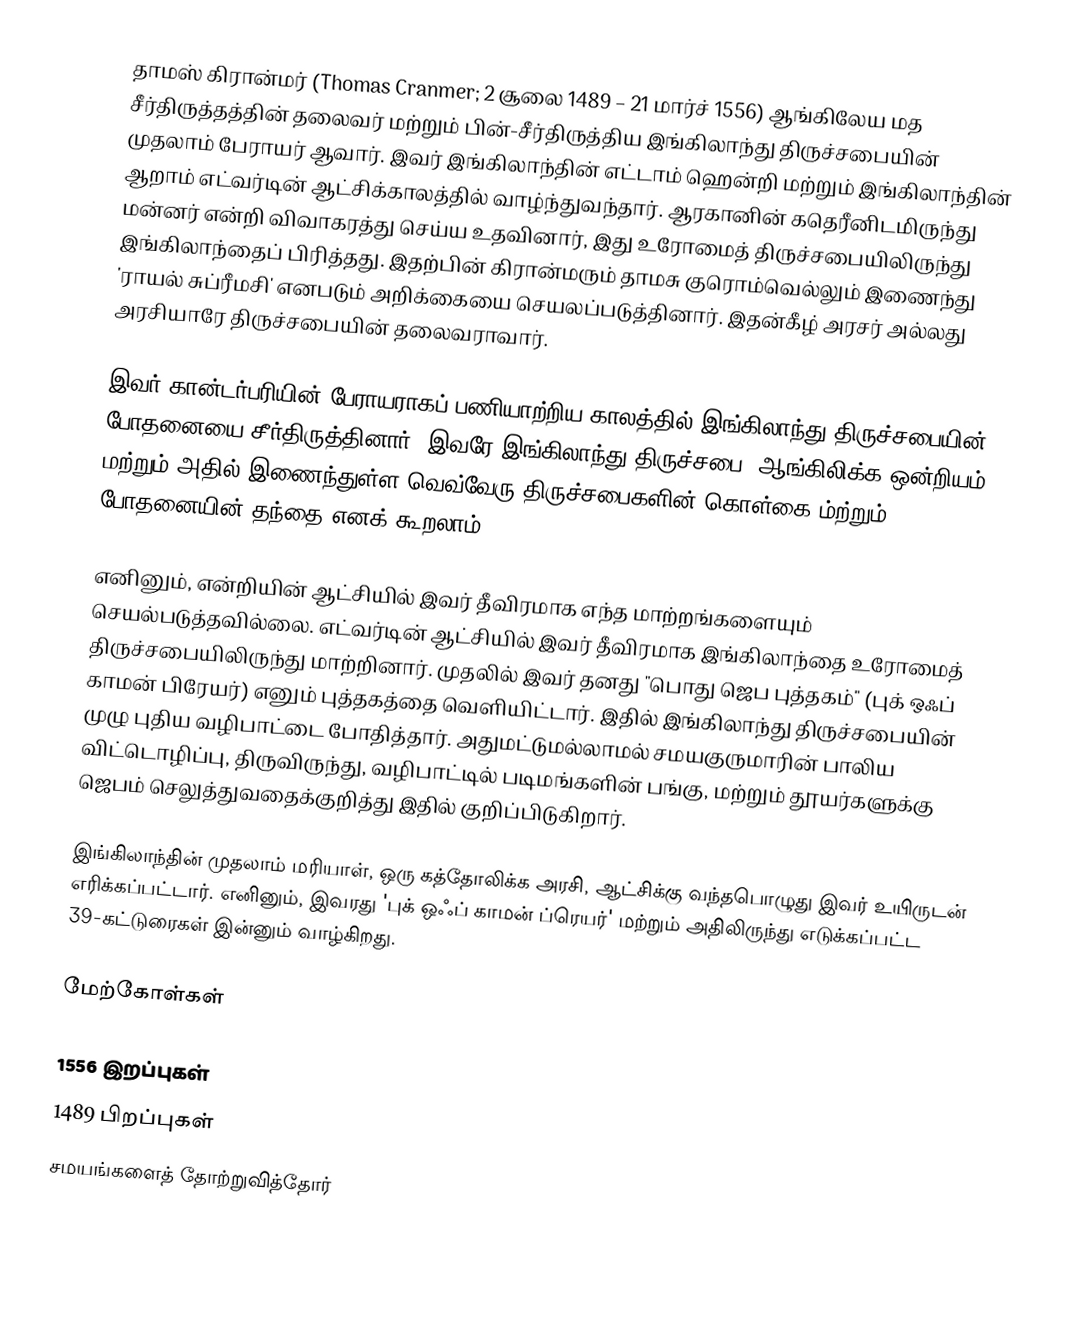
தாமஸ் கிரான்மர் (Thomas Cranmer; 2 சூலை 1489 – 21 மார்ச் 1556) ஆங்கிலேய மத சீர்திருத்தத்தின் தலைவர் மற்றும் பின்-சீர்திருத்திய இங்கிலாந்து திருச்சபையின் முதலாம் பேராயர் ஆவார். இவர் இங்கிலாந்தின் எட்டாம் ஹென்றி மற்றும் இங்கிலாந்தின் ஆறாம் எட்வர்டின் ஆட்சிக்காலத்தில் வாழ்ந்துவந்தார். ஆரகானின் கதெரீனிடமிருந்து மன்னர் என்றி விவாகரத்து செய்ய உதவினார், இது உரோமைத் திருச்சபையிலிருந்து இங்கிலாந்தைப் பிரித்தது. இதற்பின் கிரான்மரும் தாமசு குரொம்வெல்லும் இணைந்து 'ராயல் சுப்ரீமசி' எனபடும் அறிக்கையை செயலப்படுத்தினார். இதன்கீழ் அரசர் அல்லது அரசியாரே திருச்சபையின் தலைவராவார்.

இவர் கான்டர்பரியின் பேராயராகப் பணியாற்றிய காலத்தில் இங்கிலாந்து திருச்சபையின் போதனையை சீர்திருத்தினார். இவரே இங்கிலாந்து திருச்சபை, ஆங்கிலிக்க ஒன்றியம் மற்றும் அதில் இணைந்துள்ள வெவ்வேரு திருச்சபைகளின் கொள்கை ம்ற்றும் போதனையின் தந்தை எனக் கூறலாம்.

எனினும், என்றியின் ஆட்சியில் இவர் தீவிரமாக எந்த மாற்றங்களையும் செயல்படுத்தவில்லை. எட்வர்டின் ஆட்சியில் இவர் தீவிரமாக இங்கிலாந்தை உரோமைத் திருச்சபையிலிருந்து மாற்றினார். முதலில் இவர் தனது "பொது ஜெப புத்தகம்" (புக் ஒஃப் காமன் பிரேயர்) எனும் புத்தகத்தை வெளியிட்டார். இதில் இங்கிலாந்து திருச்சபையின் முழு புதிய வழிபாட்டை போதித்தார். அதுமட்டுமல்லாமல் சமயகுருமாரின் பாலிய விட்டொழிப்பு, திருவிருந்து, வழிபாட்டில் படிமங்களின் பங்கு, மற்றும் தூயர்களுக்கு  ஜெபம் செலுத்துவதைக்குறித்து இதில் குறிப்பிடுகிறார்.

இங்கிலாந்தின் முதலாம் மரியாள், ஒரு கத்தோலிக்க அரசி, ஆட்சிக்கு வந்தபொழுது இவர் உயிருடன் எரிக்கப்பட்டார். எனினும், இவரது 'புக் ஒஃப் காமன் ப்ரெயர்' மற்றும் அதிலிருந்து எடுக்கப்பட்ட 39-கட்டுரைகள் இன்னும் வாழ்கிறது.

மேற்கோள்கள்

1556 இறப்புகள்
1489 பிறப்புகள்
சமயங்களைத் தோற்றுவித்தோர்